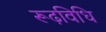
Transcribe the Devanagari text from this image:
रूढ़विधि